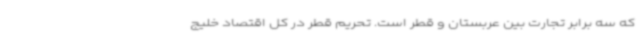
که سه برابر تجارت بین عربستان و قطر است. تحریم قطر در کل اقتصاد خلیج